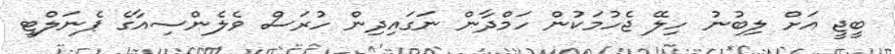
ބީޖީ އަށް ލިބުނު ހިލޭ ޖެހުމަކުން ހަމްދާން ނަގައިދިން ހުރަސް ވެލެންސިއާގެ ޕެނަލްޓީ